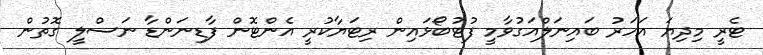
ޓެރީ މިދިޔަ އަހަރު ބައިނަލްއަގުވާމީ ފުޓުބޯޅައިން ރިޓަޔާކުރީ އެންޓޮން ފާޑިނަންޑާ ނަސްލީ ގޮތުން